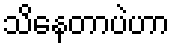
သိနေတာပဲဟာ